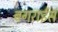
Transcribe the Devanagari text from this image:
बगराईस